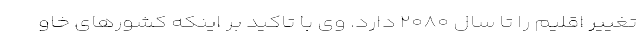
تغییر اقلیم را تا سال ۲۰۸۰ دارد. وی با تاکید بر اینکه کشورهای خاو